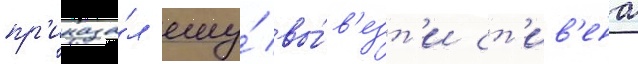
пр'иказа́л ему́ вы́в'езт'и ст'ив'ена